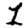
Digit: 1